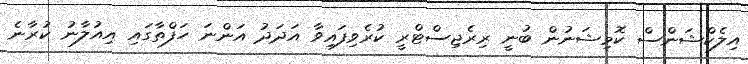
އިލެކްޝަންސް ކޮމިޝަނުން ބުނީ ރިރެޖިސްޓްރީ ކުރެވިފައިވާ އަދަދު އަންނަ ހަފްތާގައި އިއުލާނު ކުރާނެ